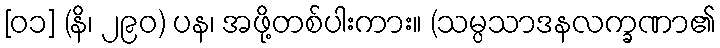
[၀၁] (နိ၊ ၂၉၀) ပန၊ အဖို့တစ်ပါးကား။ (သမ္ပသာဒနလက္ခဏာ၏